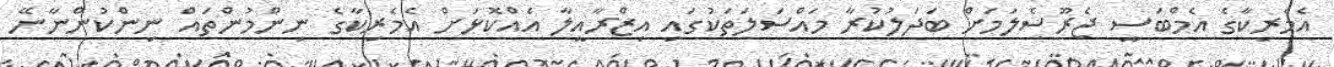
އެމެރިކާގެ އެމްބަސީ ޖެރޫސެލަމަށް ބަދަލުކުރާ މައްސަލަތަކުގައި އިޒްރާއީލާ އެއްކޮޅަށް އެމެރިކާގެ ނިންމުންތައް ނިންކުންނާނޭ